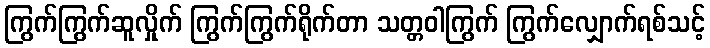
ကြွက်ကြွက်ဆူလှိုက် ကြွက်ကြွက်ရိုက်တာ သတ္တဝါကြွက် ကြွက်လျှောက်ရစ်သင့်